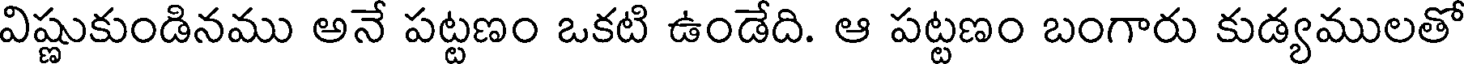
విష్ణుకుండినము అనే పట్టణం ఒకటి ఉండేది. ఆ పట్టణం బంగారు కుడ్యములతో